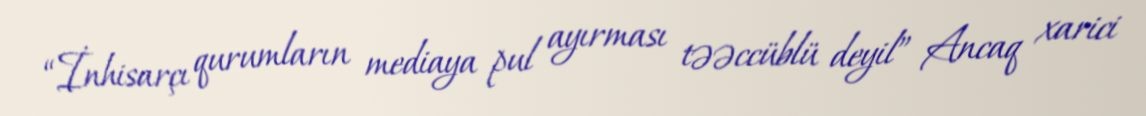
“İnhisarçı qurumların mediaya pul ayırması təəccüblü deyil” Ancaq xarici